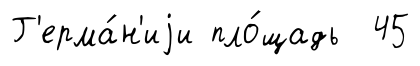
Г'ерма́н'иjи пло́щадь 45